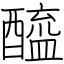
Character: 醯